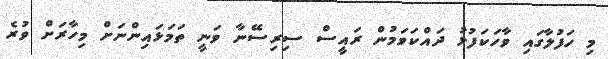
މި ހަފުލާގައި ވާހަކަފުޅު ދައްކަވަމުން ރައީސް ސިރިސޭނާ ވަނީ ތަމަޅައިންނަށް މިހާރަަށް ވުރެ